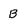
Character: B